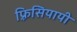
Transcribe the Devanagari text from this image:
फ़्रिसियायी